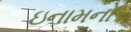
ઇનામનો